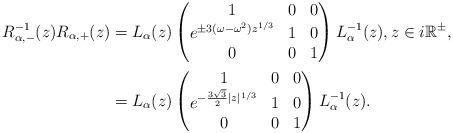
LaTeX: \begin{align*} R_{\alpha,-}^{-1}(z) R_{\alpha,+}(z) & = L_{\alpha}(z) \begin{pmatrix} 1 & 0 & 0 \\ e^{\pm 3(\omega - \omega^2) z^{1/3}} & 1 & 0 \\ 0 & 0 & 1 \end{pmatrix} L_{\alpha}^{-1}(z), z \in i \mathbb R^{\pm}, \\ & = L_{\alpha}(z) \begin{pmatrix} 1 & 0 & 0 \\ e^{- \frac{3 \sqrt{3}}{2} |z|^{1/3}} & 1 & 0 \\ 0 & 0 & 1 \end{pmatrix} L_{\alpha}^{-1}(z). \end{align*}